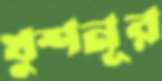
খুশনূর